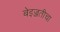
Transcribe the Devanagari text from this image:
बेइज्जतीचा